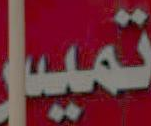
تميل